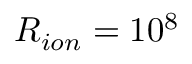
R _ { i o n } = 1 0 ^ { 8 }